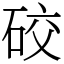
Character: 䂭